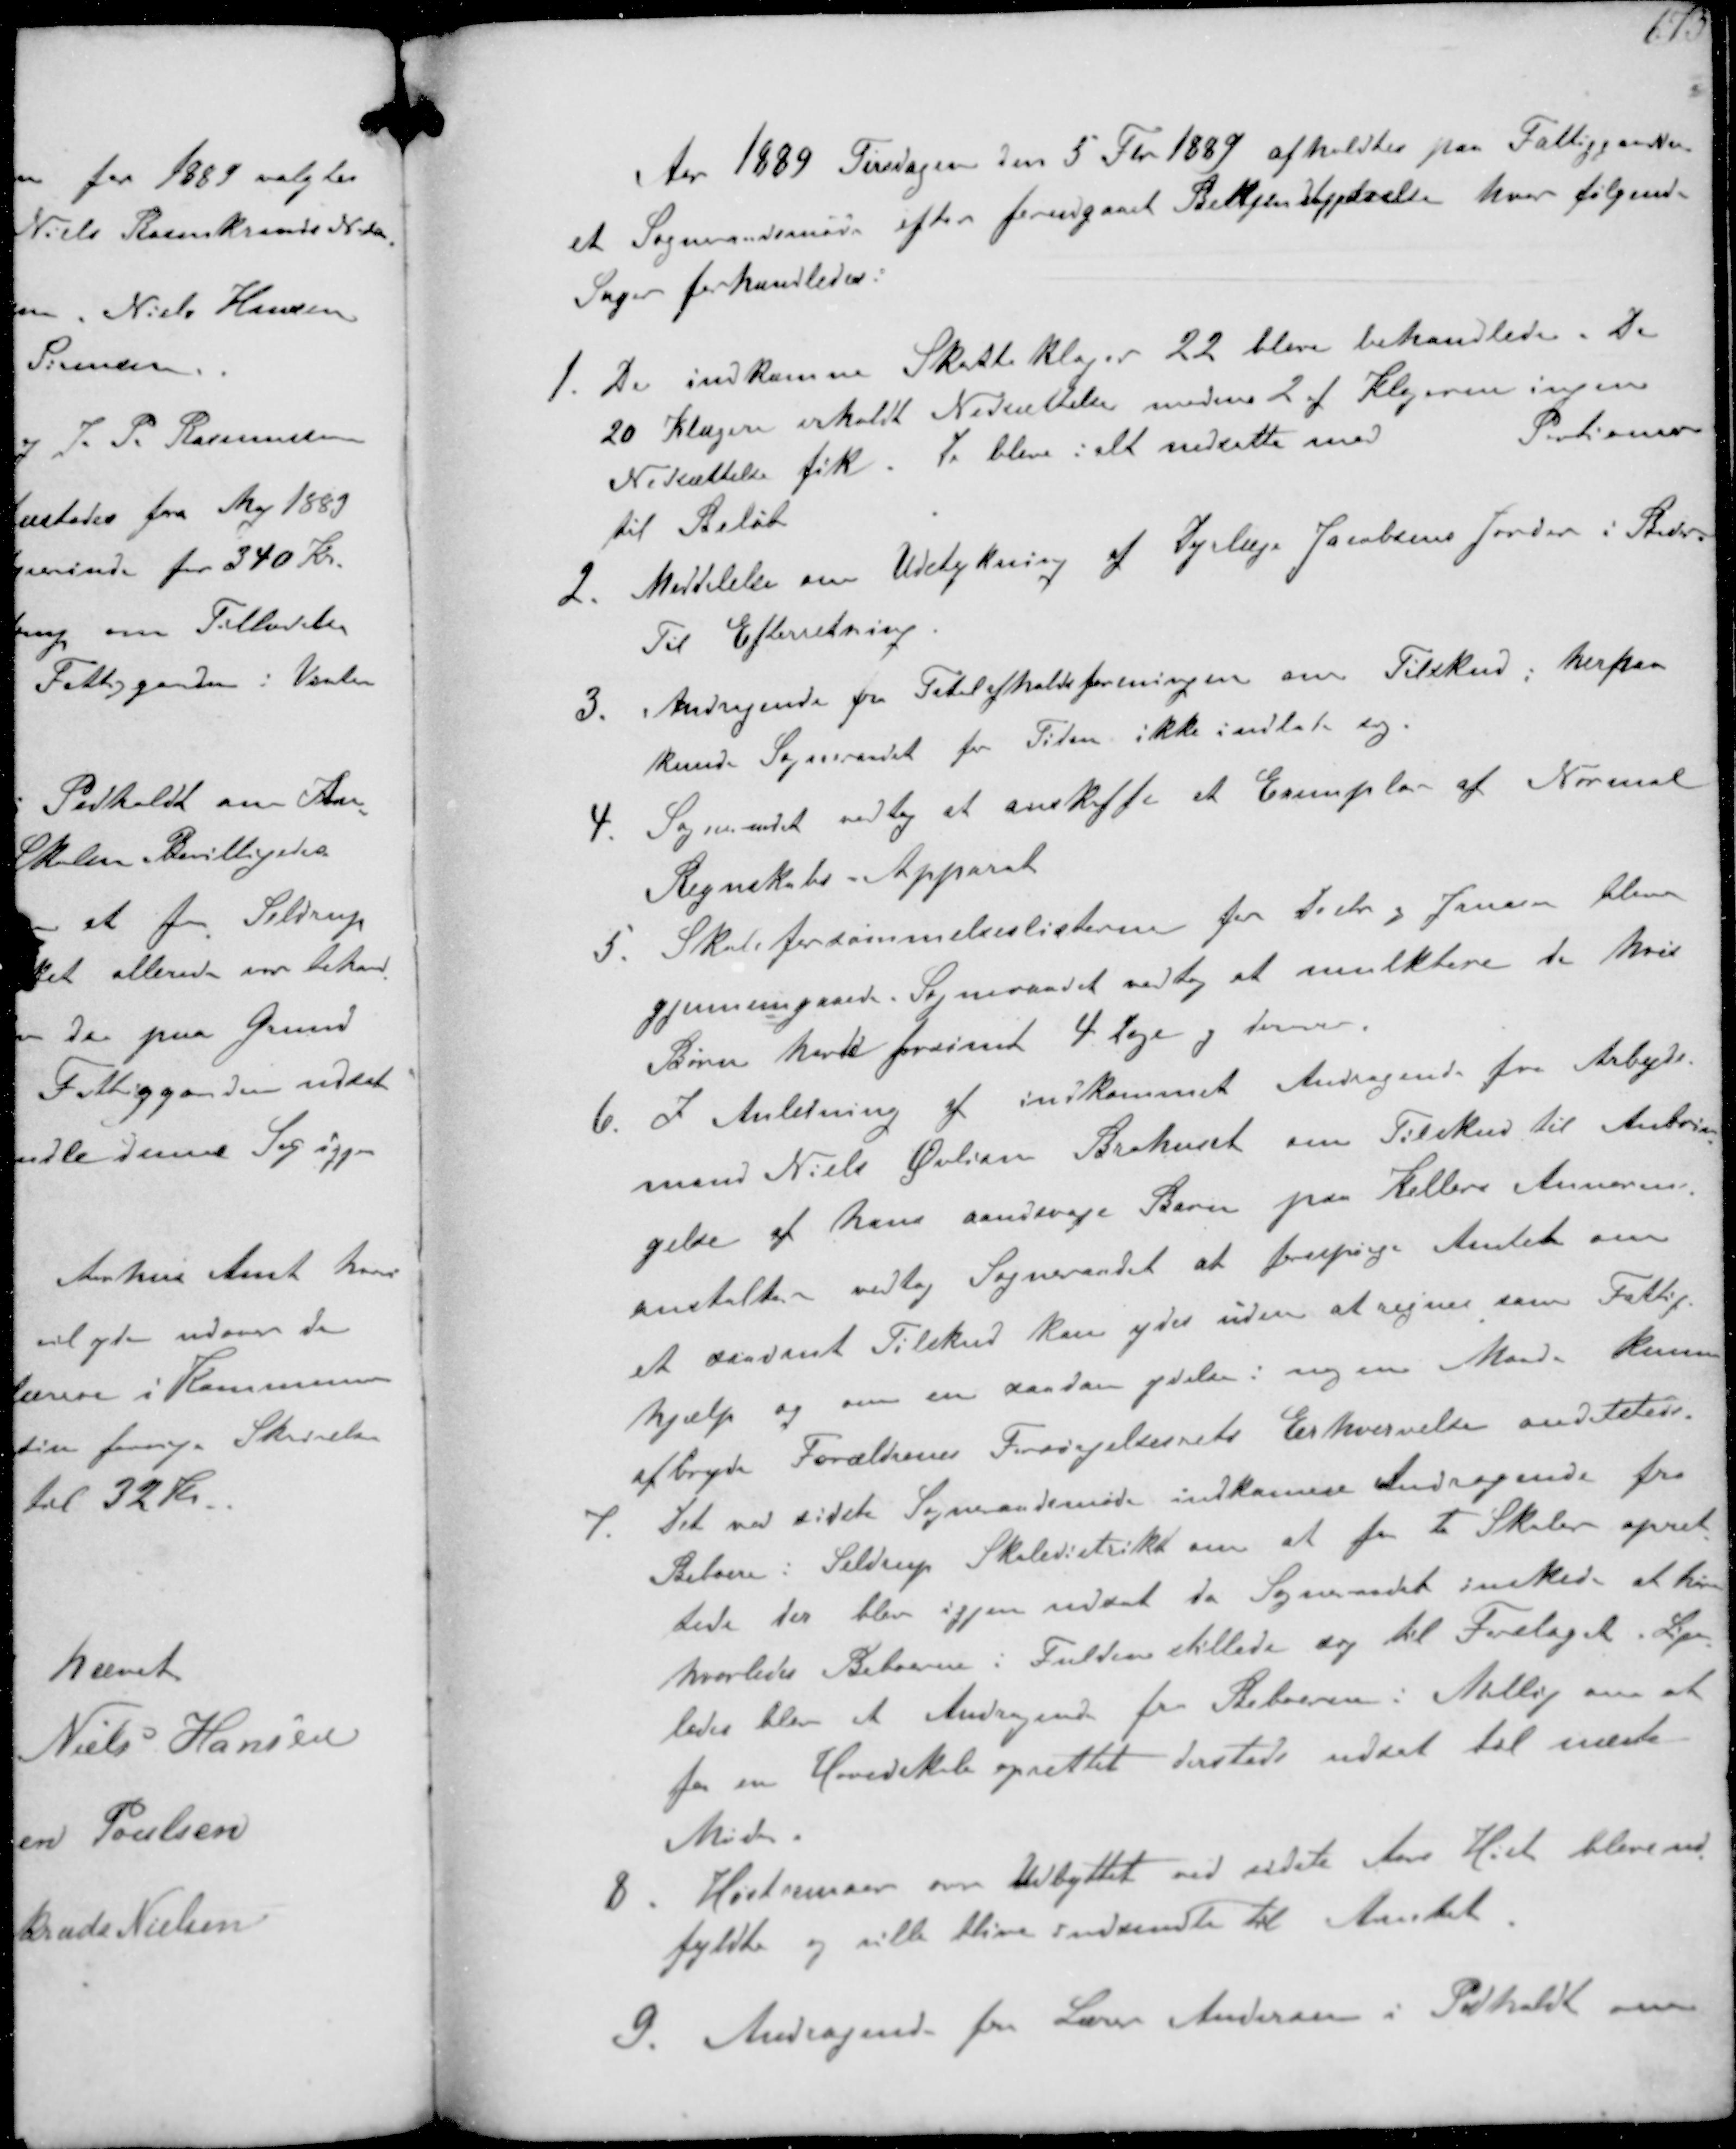
Transskription:
Aar 1889 Tirsdagen den 5 Fbr 1889 afholdtes paa Fattiggaarden
et Sogneraadsmøde efter forudgaaet Bekjendtgjørelse hvor følgende
Sager forhandledes:
1. De indkomne Skatteklager 22 blev behandlede. De
20 Klager erholdt Nedsættelse medens 2 af Klagerne ingen
Nedsættelse fik. De blev i alt nedsatte med  Potioner
Portioner
til Beløb
2. Meddelelse om Udstykning af Dyrlæge Jacobsens Jorder i Beder
Til Efterretning
3. Andragende fra Totalafholdsforeningen om Tilskud, herpaa
kunde Sogneraadet for Tiden ikke indlade sig.
4. Sogneraadet vedtog at anskaffe et Exemplar af Normal
Regnskabs Apparat
5. Skoleforsømmelseslisterne for Dcbr og Januar blev
gjennemgaaede. Sogneraadet vedtog at mulkterede de hvis
Børn havde forsømt 4 Dage og derover
6. I Anledning af indkommet Andragende fra Arbejds-
mand Niels Øvlisen Brohuset om Tilskud til Anbrin-
gelse af hans aandsvage Barn paa Kellers Annormal-
anstalter vedtog Sogneraadet at forespørge Amtet om
saadant Tilskud kan ydes uden at regnes som Fattig-
hjælp og om en saadan ydelse i nogen Maade kunne
afbryde Forældrenes Forsørgelsesrets Erhvervelse andetsteds
7. Det ved sidste Sogneraadsmøde indkomne Andragende fra
Beboere i Seldrup Skoledistrikt om at faa to Skoler opret-
tede der blev igjen udsat da Sogneraadet ønskede at høre
hvorledes Beboere i Fulden stillede sig til Forslaget. Lige-
ledes blev et Andragende fra Beboerne i Malling om at
faa en Hovedskole oprettet dersteds udsat til næste
Møde.
8. Høstscemaer over Udbyttet ved sidste Aars Høst bleve ud-
fyldte og ville blive indsendte til Amtet
9. Andragende fra Lærer Andersen i Pedholdt om